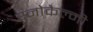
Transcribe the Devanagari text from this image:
स्नोकैल्मी